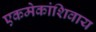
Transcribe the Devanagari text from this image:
एकमेकांशिवाय